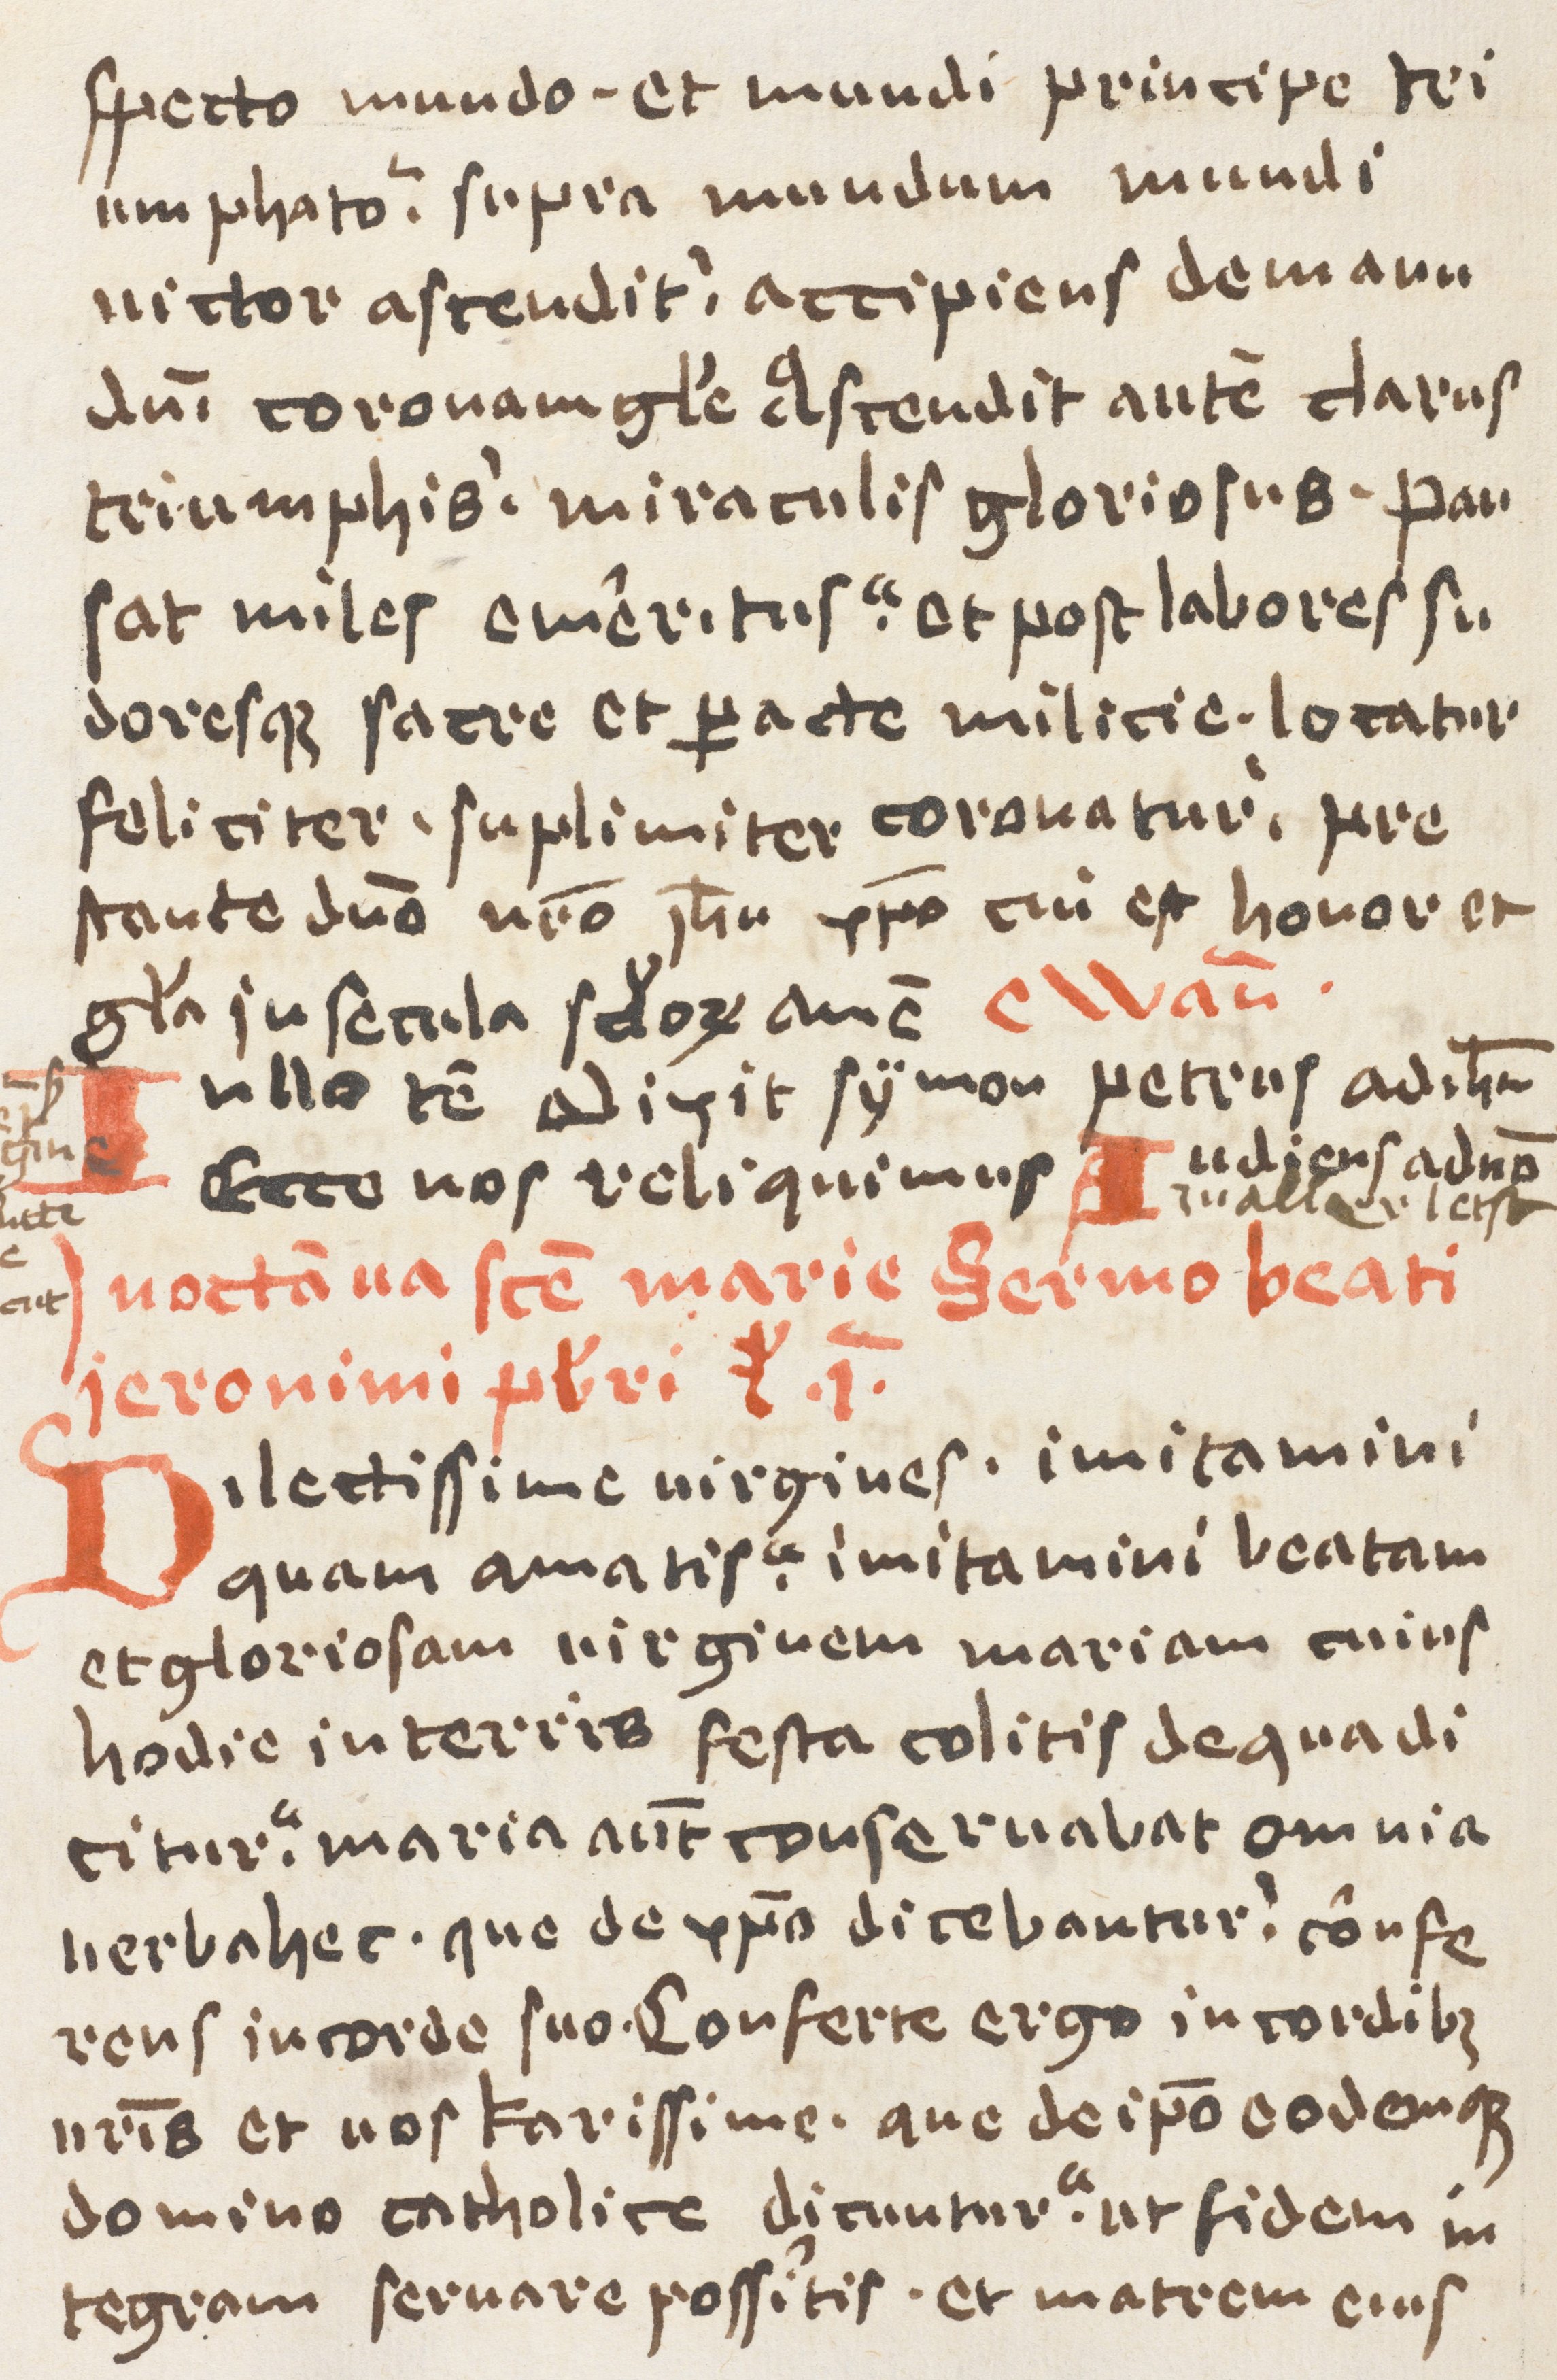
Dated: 1400–1499